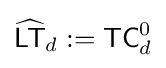
{\widehat {\mathsf {LT}}}_{d}:={\mathsf {TC}}_{d}^{0}